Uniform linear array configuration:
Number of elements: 32
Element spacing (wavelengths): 0.75
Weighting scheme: uniform
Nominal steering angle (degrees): -15
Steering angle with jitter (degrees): -14.104
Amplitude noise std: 0.05
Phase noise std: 0.05

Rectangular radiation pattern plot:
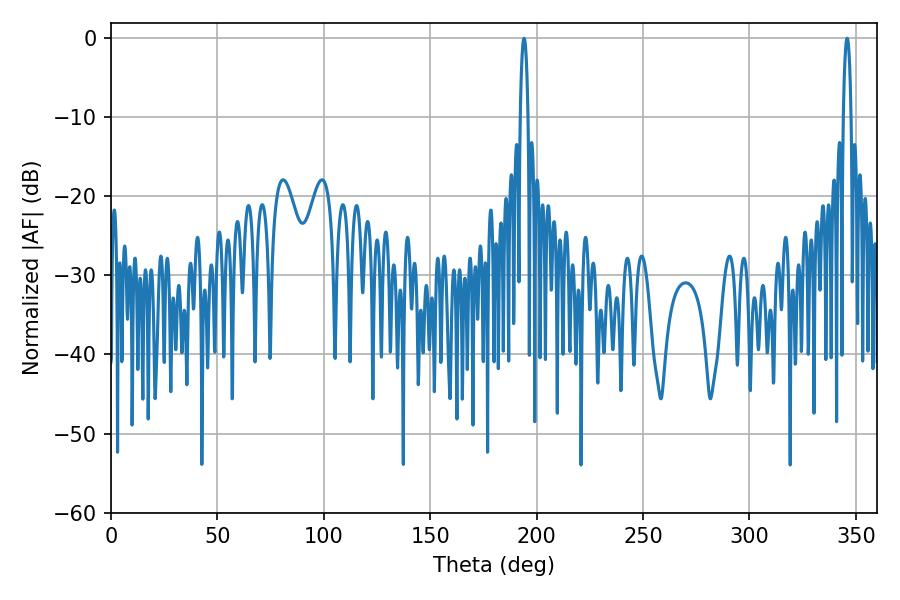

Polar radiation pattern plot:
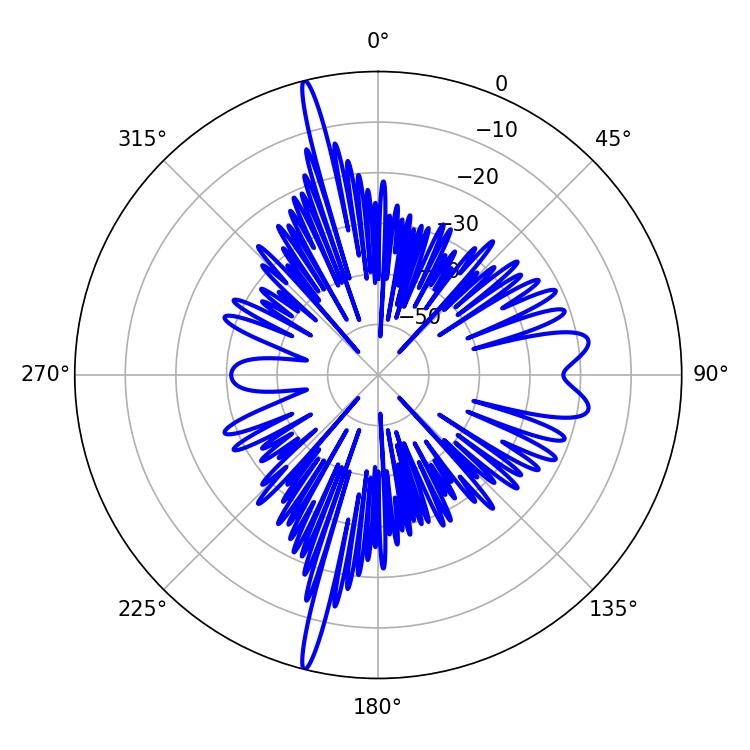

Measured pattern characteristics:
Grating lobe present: TRUE
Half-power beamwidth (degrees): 1.98
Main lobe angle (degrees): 194.04